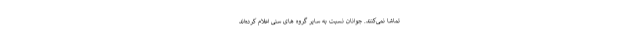
تماشا نمی‌کنند. جوانان نسبت به سایر گروه­ های سنی اعلام کرده‌اند